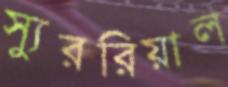
স্যুররিয়াল